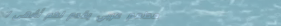
مطعم عربي يقدم لكم أشهى ا